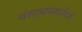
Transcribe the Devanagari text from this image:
वंसत्थप्पकासिनी